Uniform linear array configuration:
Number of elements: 32
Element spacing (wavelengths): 0.5
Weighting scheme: binomial
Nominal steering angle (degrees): -30
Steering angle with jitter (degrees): -31.259
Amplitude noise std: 0.05
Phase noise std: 0.05

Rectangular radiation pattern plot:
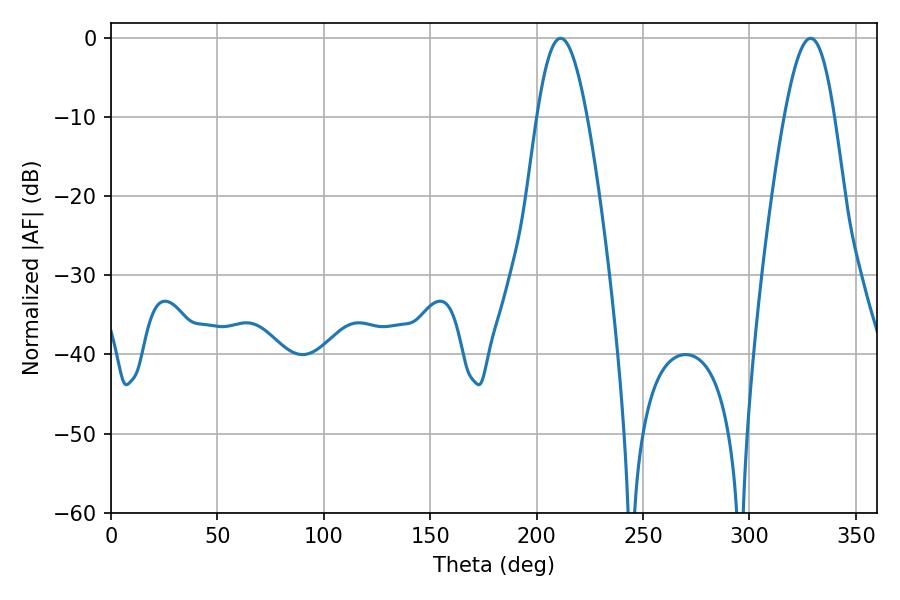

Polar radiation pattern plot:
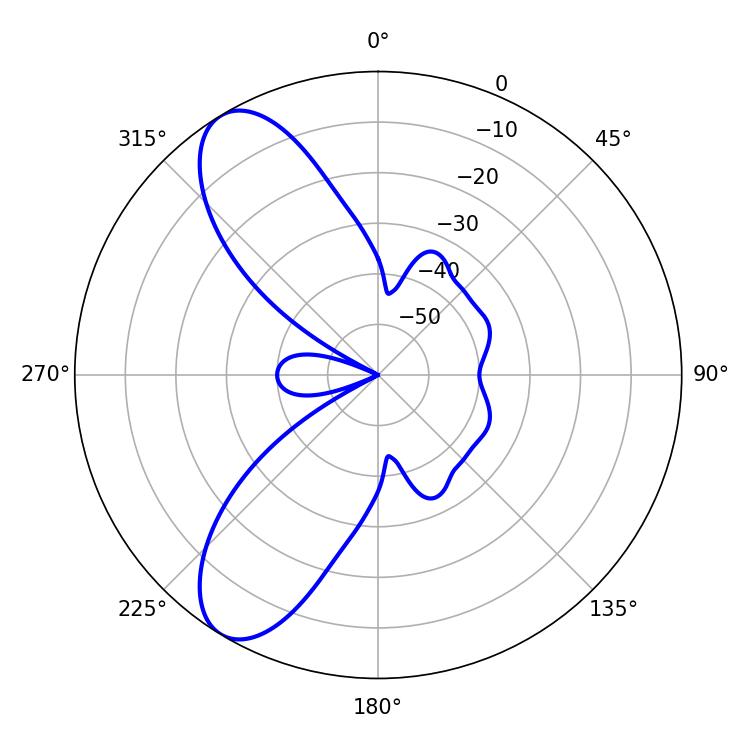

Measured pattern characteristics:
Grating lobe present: FALSE
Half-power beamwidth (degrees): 12.78
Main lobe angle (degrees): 211.32